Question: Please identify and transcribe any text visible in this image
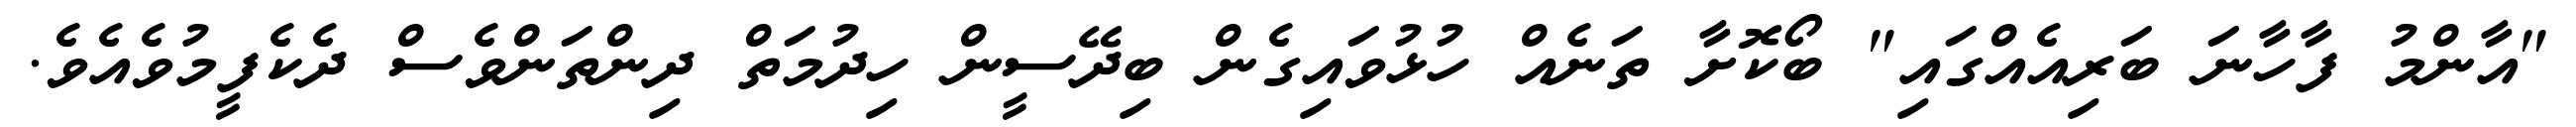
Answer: "އާންމު ފާހާނަ ބަރިއެއްގައި" ބޯކޮށާ ތަނެއް ހުޅުވައިގެން ބިދޭސީން ހިދުމަތް ދިންތަންވެސް ދެކެފީމުވެއެވެ.